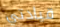
قيادتي